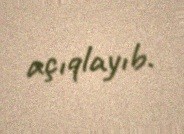
açıqlayıb.